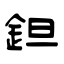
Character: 鉭